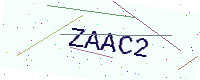
Text: ZAAC2